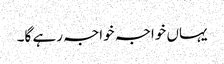
یہاں خواجہ خواجہ رہے گا۔